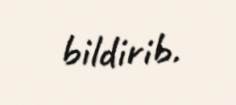
bildirib.